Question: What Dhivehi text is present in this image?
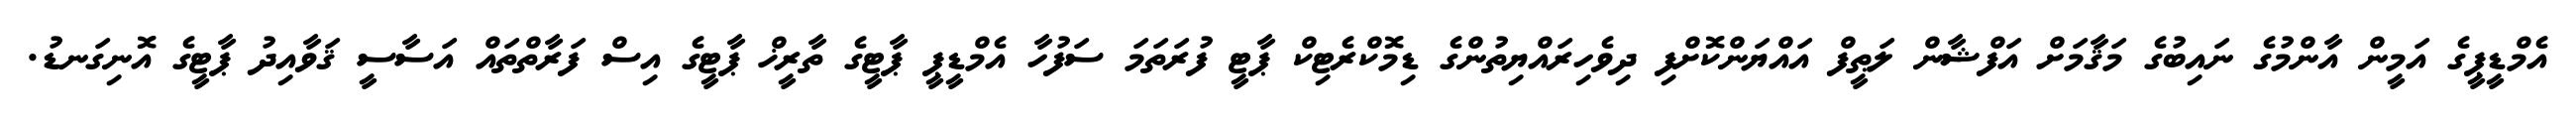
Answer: އެމްޑީޕީގެ އަމީން އާންމުގެ ނައިބުގެ މަޤާމަށް އަފްޝާން ލަޠީފް އައްޔަންކޮށްފި ދިވެހިރައްޔިތުންގެ ޑިމޮކްރެޓިކް ޕާޓީ ފުރަތަމަ ސަފުހާ އެމްޑީޕީ ޕާޓީގެ ތާރީޚް ޕާޓީގެ އިސް ފަރާތްތައް އަސާސީ ޤަވާއިދު ޕާޓީގެ އޮނިގަނޑު.